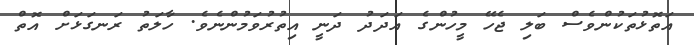
އަތޮޅުތަކުންވެސް ބަލި ޖެހޭ މީހުންގެ އަދަދު ދަނީ އިތުރުވަމުންނެވެ. ހާލަތު ރަނގަޅަށް އޮތް